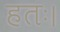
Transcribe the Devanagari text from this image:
हतः।